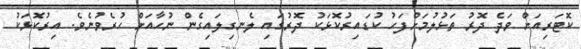
ކޮޓަރިއަށް ވަދެ ދޮރު ތަޅުލުމަށްފަހު ކުޑައިރުކޮޅަކު ދޮރުގައި ލެނގިލައިގެން ނުހާއަށް ހުރެވުނެވެ. އިރުކޮޅަކު